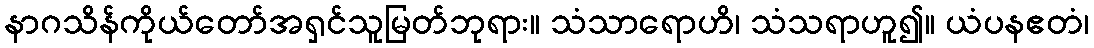
နာဂသိန်ကိုယ်တော်အရှင်သူမြတ်ဘုရား။ သံသာရောဟိ၊ သံသရာဟူ၍။ ယံပနဧတံ၊